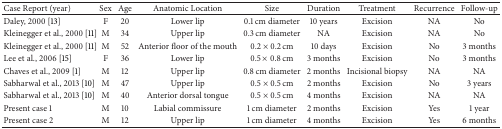
<table><thead><tr><td><b>Case Report (year)</b></td><td><b>Sex</b></td><td><b>Age</b></td><td><b>Anatomic Location</b></td><td><b>Size</b></td><td><b>Duration</b></td><td><b>Treatment</b></td><td><b>Recurrence</b></td><td><b>Follow-up</b></td></tr></thead><tbody><tr><td>Daley, 2000 [13]</td><td>F</td><td>20</td><td>Lower lip</td><td>0.1 cm diameter</td><td>10 years</td><td>Excision</td><td>NA</td><td>No</td></tr><tr><td>Kleinegger et al., 2000 [11]</td><td>M</td><td>34</td><td>Upper lip</td><td>0.3 cm diameter</td><td>NA</td><td>Excision</td><td>NA</td><td>No</td></tr><tr><td>Kleinegger et al., 2000 [11]</td><td>M</td><td>52</td><td>Anterior floor of the mouth</td><td>0.2 × 0.2 cm</td><td>10 days</td><td>Excision</td><td>No</td><td>3 months</td></tr><tr><td>Lee et al., 2006 [15]</td><td>F</td><td>36</td><td>Lower lip</td><td>0.5 × 0.8 cm</td><td>3 months</td><td>Excision</td><td>No</td><td>3 months</td></tr><tr><td>Chaves et al., 2009 [1]</td><td>M</td><td>12</td><td>Upper lip</td><td>0.8 cm diameter</td><td>2 months</td><td>Incisional biopsy</td><td>NA</td><td>NA</td></tr><tr><td>Sabharwal et al., 2013 [10]</td><td>M</td><td>47</td><td>Upper lip</td><td>0.5 × 0.5 cm</td><td>2 months</td><td>Excision</td><td>No</td><td>3 years</td></tr><tr><td> Sabharwal et al., 2013 [10]</td><td>M</td><td>40</td><td>Anterior dorsal tongue</td><td>0.5 × 0.5 cm</td><td>4 months</td><td>Excision</td><td>NA</td><td>NA</td></tr><tr><td>Present case 1</td><td>M</td><td>10</td><td>Labial commissure</td><td>1 cm diameter</td><td>2 months</td><td>Excision</td><td>Yes</td><td>1 year</td></tr><tr><td>Present case 2</td><td>M</td><td>12</td><td>Upper lip</td><td>1 cm diameter</td><td>4 months</td><td>Excision</td><td>Yes</td><td>6 months</td></tr></tbody></table>